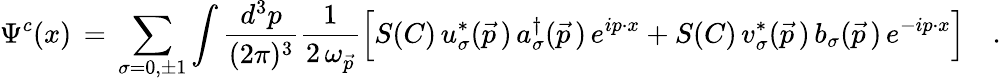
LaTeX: \Psi^{c}(x)\, =\, \sum_{\sigma=0,\pm 1}\int{\frac{d^{3}p}{(2\pi)^{3}}}{\frac{1}{2\, \omega_{\vec{p}}}}\Big[S(C)\, u_{\sigma}^{\ast}(\vec{p}\, )\, a_{\sigma}^{\dagger}(\vec{p}\, )\, e^{ip\cdot x}+S(C)\, v_{\sigma}^{\ast}(\vec{p}\, )\, b_{\sigma}(\vec{p}\, )\, e^{-ip\cdot x}\Bigr]\quad.